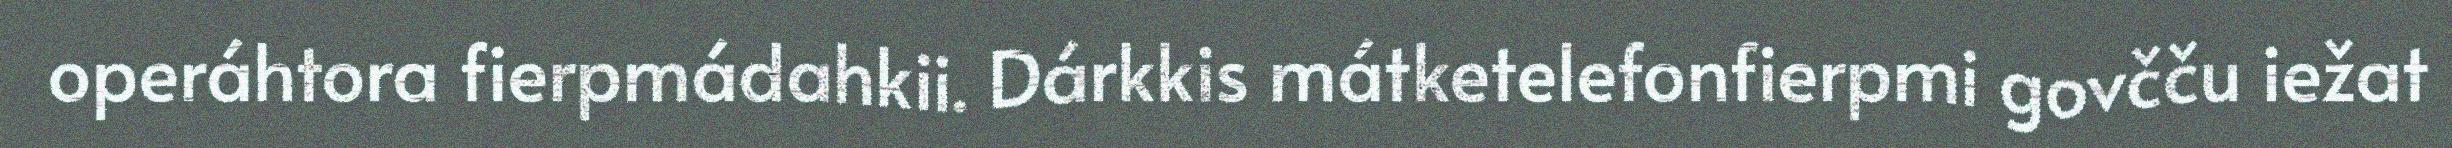
operáhtora fierpmádahkii. Dárkkis mátketelefonfierpmi govčču iežat